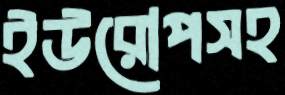
ইউরোপসহ